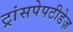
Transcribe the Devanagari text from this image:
ट्रांसपेपटीडेज़